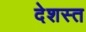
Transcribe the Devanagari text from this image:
देशस्त